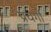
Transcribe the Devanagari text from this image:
प्रवर्गो